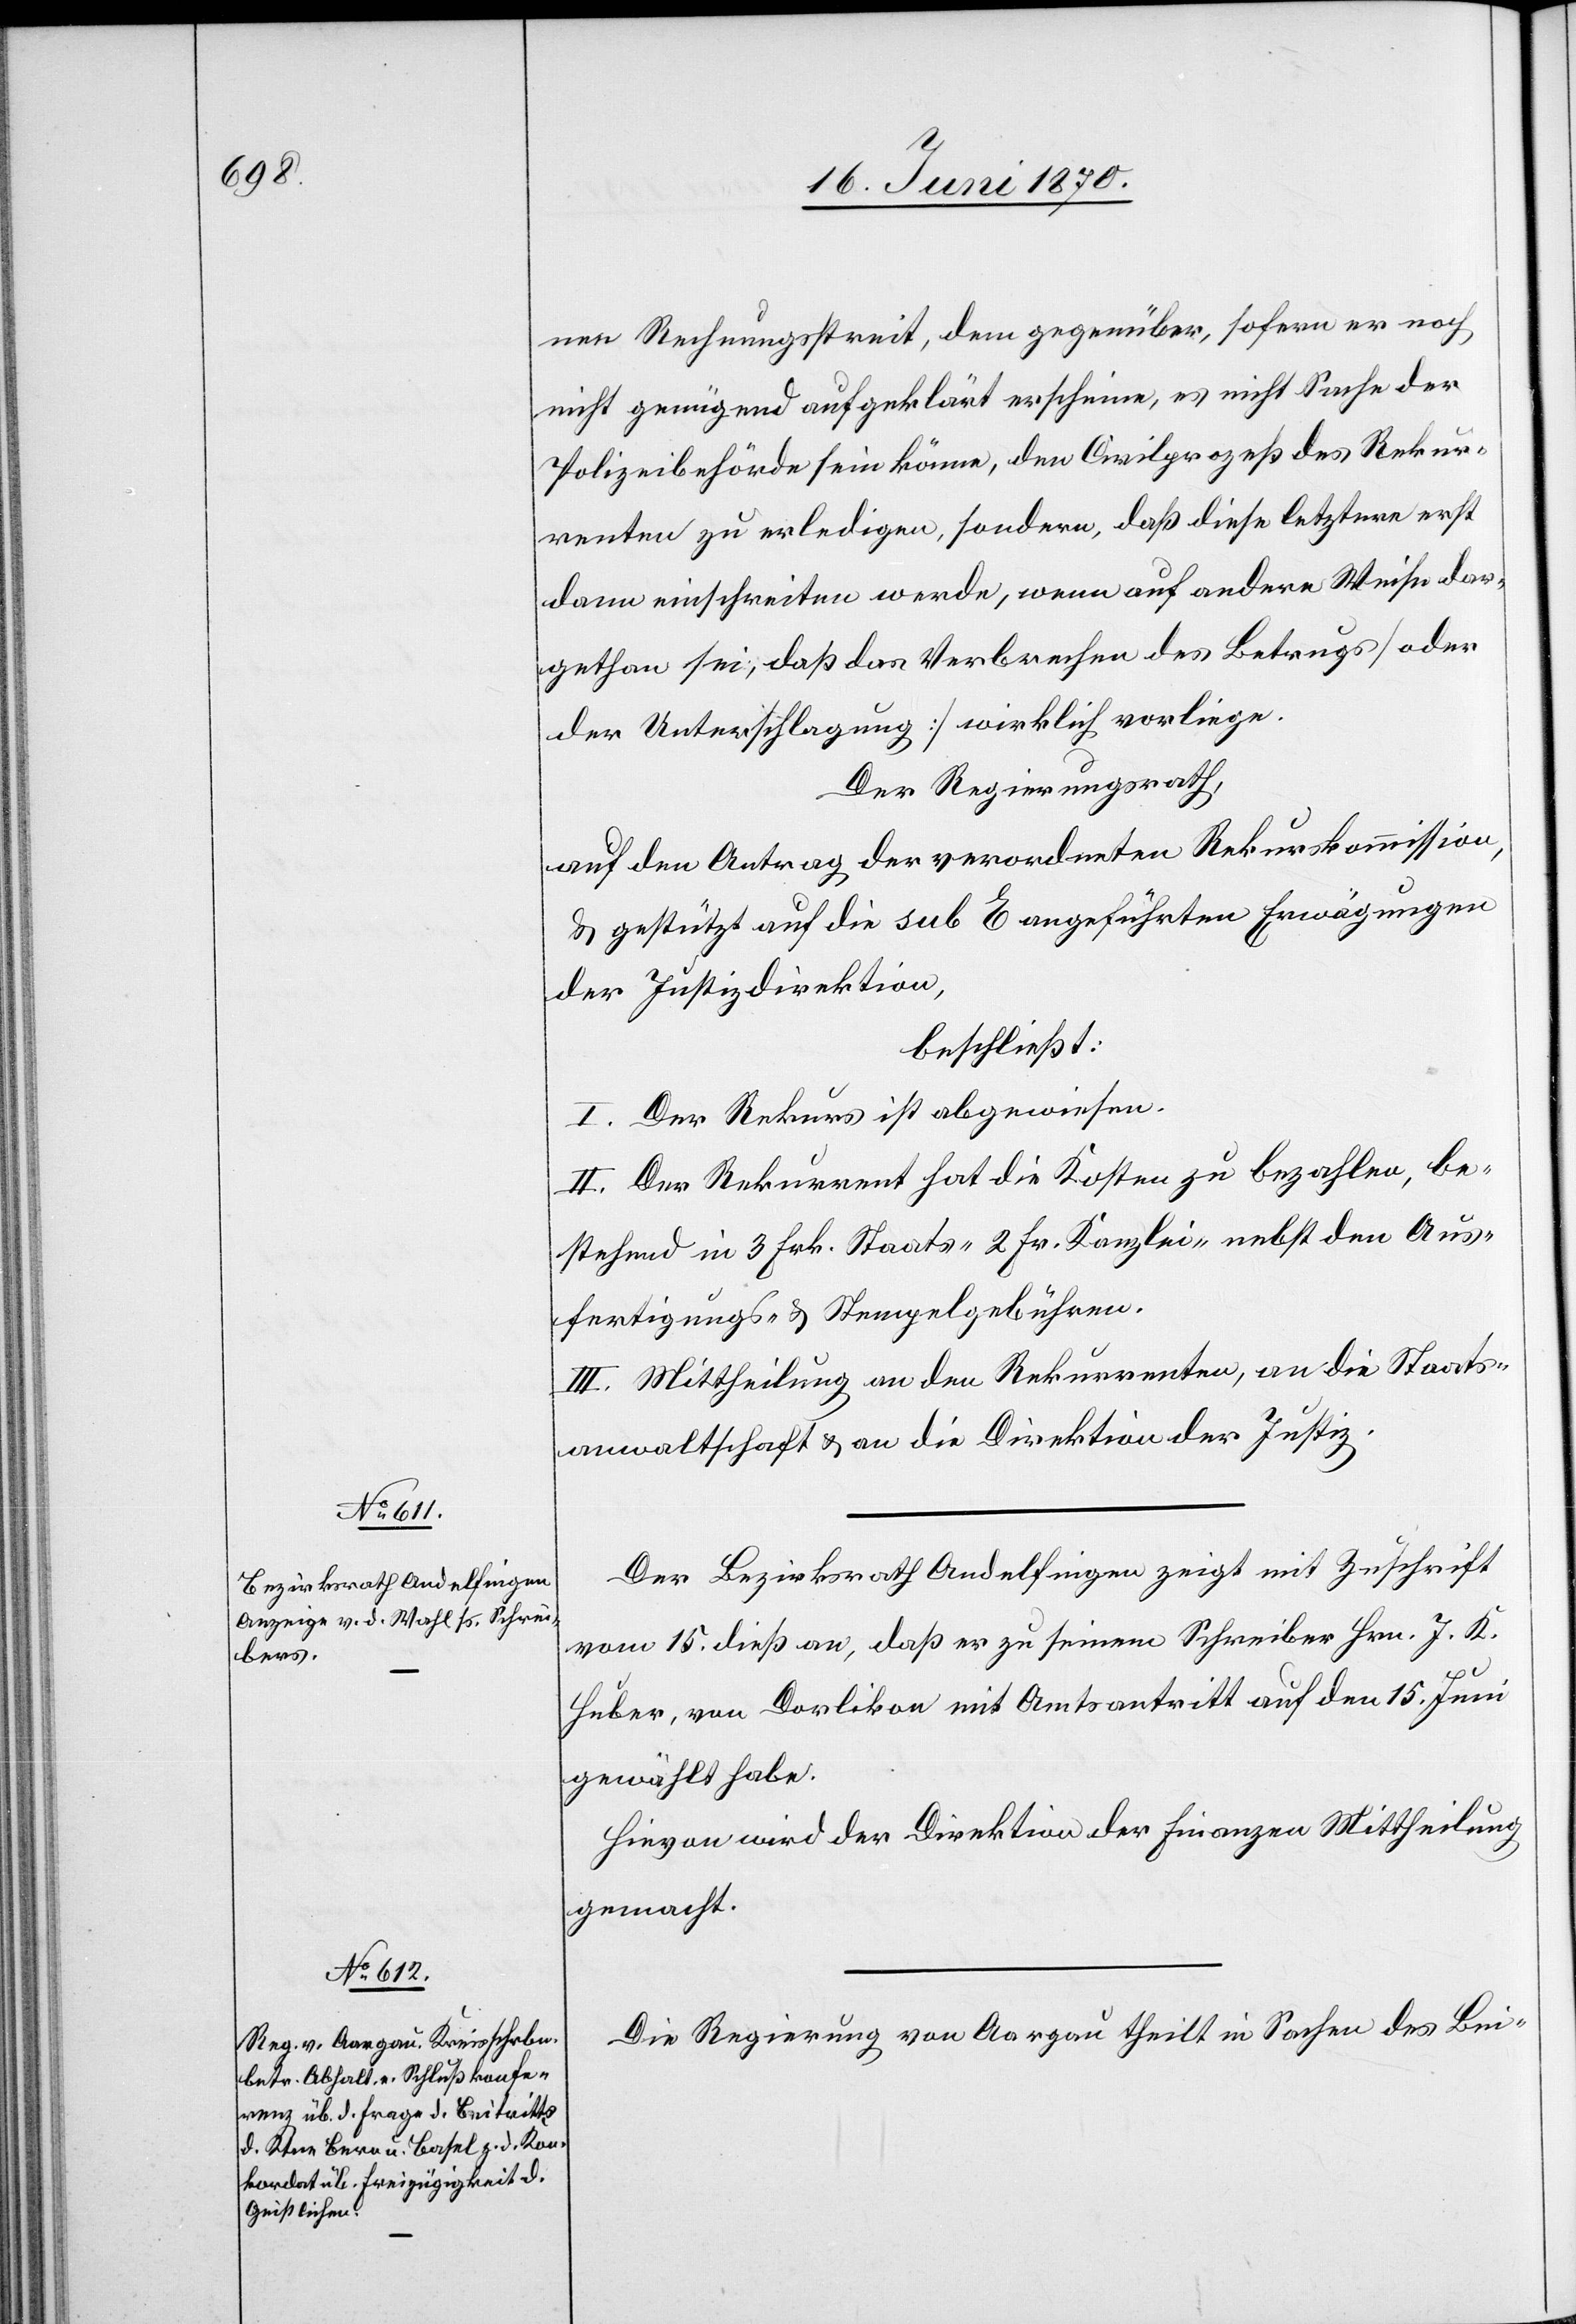
nen Rechnungsstreit, dem gegenüber, sofern er noch
nicht genügend aufgeklärt erscheine, es nicht Sache der
Polizeibehörde sein könne, den Civilprozeß des Rekur¬
renten zu erledigen, sondern, daß diese letztere erst
dann einschreiten werde, wenn auf andere Weise dar¬
gethan sei, daß das Verbrechen des Betrugs [oder
der Unterschlagung] wirklich vorliege.
Der Regierungsrath,
auf den Antrag der verordneten Rekurskommission,
& gestützt auf die sub E angeführten Erwägungen
der Justizdirektion,
beschließt:
I. Der Rekurs ist abgewiesen.
II. Der Rekurrent hat die Kosten zu bezahlen, be¬
stehen in 3 Frk. Staats-[,] 2 Fr. Kanzlei- nebst den Aus¬
fertigungs- & Stempelgebühren.
III. Mittheilung an den Rekurrenten, an die Staats¬
anwaltschaft & an die Direktion der Justiz.
Der Bezirksrath Andelfingen zeigt mit Zuschrift
vom 15. dieß an, daß er zu seinem Schreiber Hrn. J. K.
Huber, von Dorlikon mit Amtsantritt auf den 15. Juni
gewählt habe.
Hievon wird der Direktion der Finanzen Mittheilung
gemacht.
Die Regierung von Aargau theilt in Sachen des Bei-